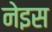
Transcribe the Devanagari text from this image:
नेइस